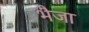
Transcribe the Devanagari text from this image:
भैजा